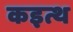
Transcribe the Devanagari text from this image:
कइत्थ